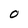
Character: O